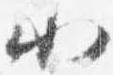
小